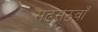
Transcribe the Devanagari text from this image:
सढसठवाँ